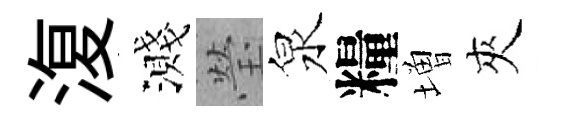
𣸪濺瑩泉糧増夾